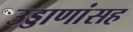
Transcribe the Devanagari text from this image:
उड्डाणांसह